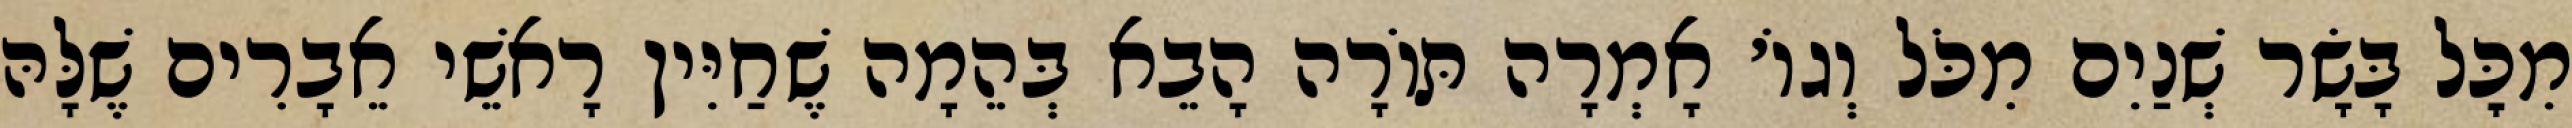
מִכׇּל בָּשָׂר שְׁנַיִם מִכֹּל וְגוֹ׳ אָמְרָה תּוֹרָה הָבֵא בְּהֵמָה שֶׁחַיִּין רָאשֵׁי אֵבָרִים שֶׁלָּהּ